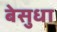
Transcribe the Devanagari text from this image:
बेसुधा